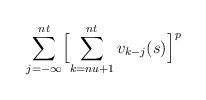
LaTeX: \begin{align*}\sum_{j=-\infty}^{nt}\Bigl[\sum_{k=nu+1}^{nt}v_{k-j}(s)\Bigr]^p\end{align*}